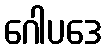
ဂေါပဒေ